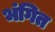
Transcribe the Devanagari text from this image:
भंगित